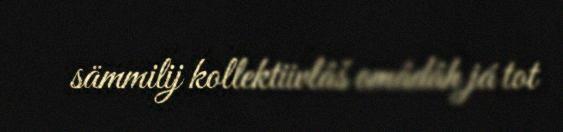
sämmilij kollektiivlâš omâdâh já tot